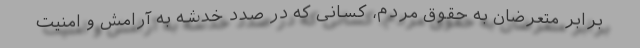
برابر متعرضان به حقوق مردم، کسانی که در صدد خدشه به آرامش و امنیت